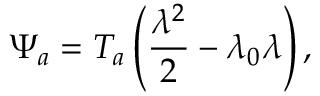
\Psi _ { a } = T _ { a } \left( \frac { \lambda ^ { 2 } } { 2 } - \lambda _ { 0 } \lambda \right) ,